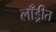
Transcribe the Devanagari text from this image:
लाँड्रीत